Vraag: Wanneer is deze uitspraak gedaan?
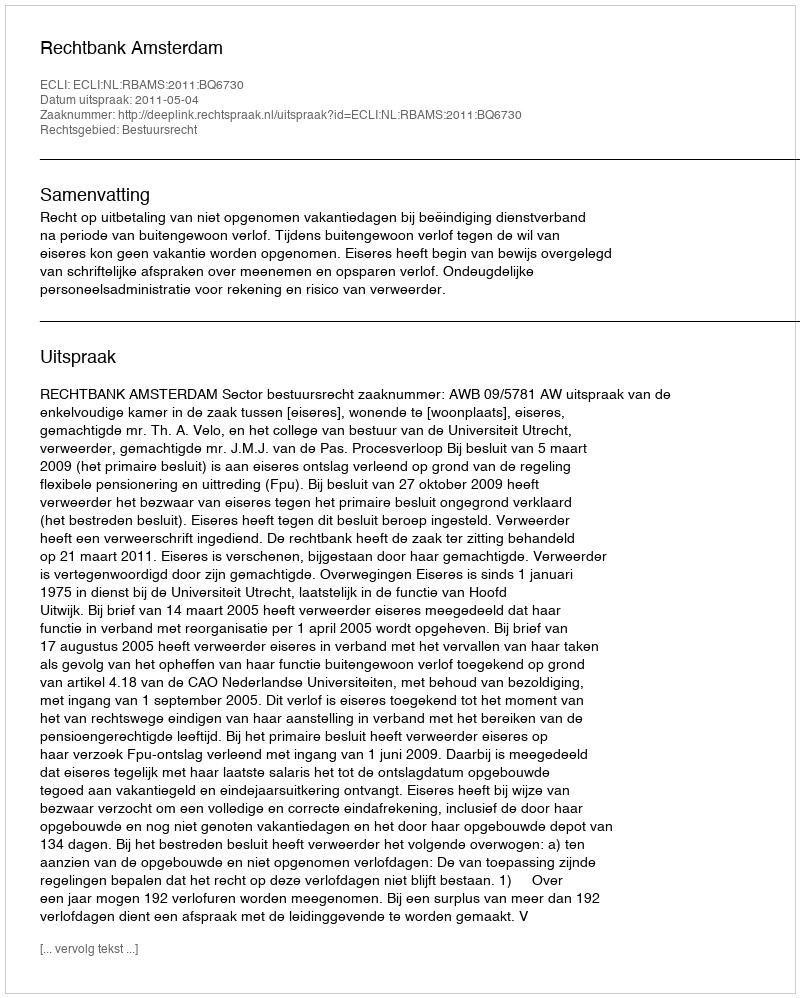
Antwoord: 2011-05-04